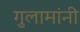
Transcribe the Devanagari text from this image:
गुलामांनी